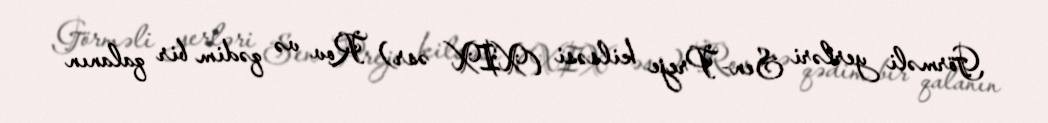
Görməli yerləri Sen-Preje kilsəsi (XIX əsr) Rov və qədim bir qalanın